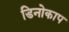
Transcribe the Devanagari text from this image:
डिनोकाप